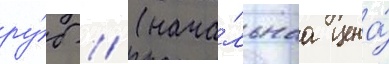
ру́б // (нача́льнаа цена́